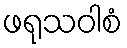
ဖရုသဝါစံ